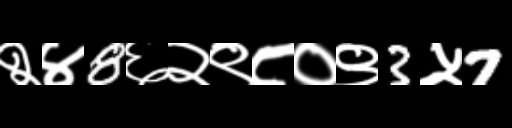
Text: २४8६२९८०९3५7